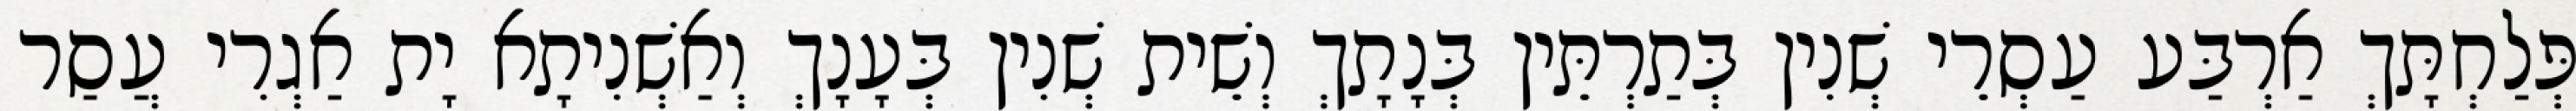
פְּלַחְתָּךְ אַרְבַּע עַסְרֵי שְׁנִין בְּתַרְתֵּין בְּנָתָךְ וְשֵׁית שְׁנִין בְּעָנָךְ וְאַשְׁנִיתָא יָת אַגְרִי עֲסַר